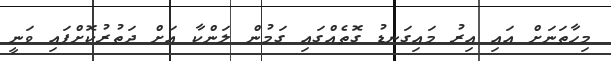
މިހާތަނަށް އައި އިރު މައިގަނޑު ގޮތެއްގައި ގަމުން ލަންކާ އަށް ދަތުރުކޮށްފައި ވަނީ